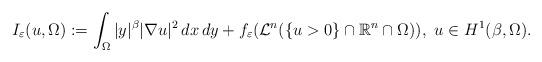
LaTeX: \begin{align*} I_\varepsilon(u,\Omega):=\int_\Omega|y|^\beta|\nabla u|^2\,dx\,dy+f_\varepsilon(\mathcal{L}^n(\{u>0\}\cap\mathbb{R}^n\cap\Omega)),\,\,u\in H^1(\beta,\Omega).\end{align*}